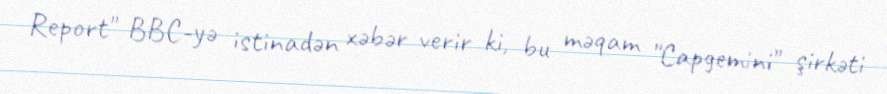
Report" BBC-yə istinadən xəbər verir ki, bu məqam "Capgemini" şirkəti